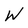
Character: W